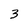
Character: 3